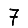
Digit: 7